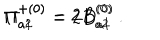
LaTeX: { \Pi } _ { a 1 } ^ { + ( 0 ) } = 2 D _ { a 1 } ^ { ( 0 ) } \hspace { 1 c m } { \Pi } _ { a 2 } ^ { + ( 0 ) } = 2 B _ { a 2 } ^ { ( 0 ) } \ .